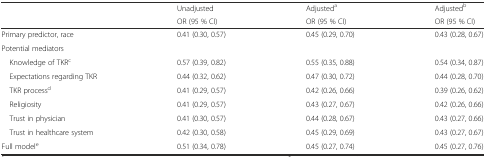
<table><thead><tr><td rowspan="2"></td><td><b>Unadjusted</b></td><td><b>Adjusted<sup>a</sup></b></td><td><b>Adjusted<sup>b</sup></b></td></tr><tr><td><b>OR (95 % CI)</b></td><td><b>OR (95 % CI)</b></td><td><b>OR (95 % CI)</b></td></tr></thead><tbody><tr><td>Primary predictor, race</td><td>0.41 (0.30, 0.57)</td><td>0.45 (0.29, 0.70)</td><td>0.43 (0.28, 0.67)</td></tr><tr><td>Potential mediators</td><td></td><td></td><td></td></tr><tr><td> Knowledge of TKR<sup>c</sup></td><td>0.57 (0.39, 0.82)</td><td>0.55 (0.35, 0.88)</td><td>0.54 (0.34, 0.87)</td></tr><tr><td> Expectations regarding TKR</td><td>0.44 (0.32, 0.62)</td><td>0.47 (0.30, 0.72)</td><td>0.44 (0.28, 0.70)</td></tr><tr><td> TKR process<sup>d</sup></td><td>0.41 (0.29, 0.57)</td><td>0.42 (0.26, 0.66)</td><td>0.39 (0.26, 0.62)</td></tr><tr><td> Religiosity</td><td>0.41 (0.29, 0.57)</td><td>0.43 (0.27, 0.67)</td><td>0.42 (0.26, 0.66)</td></tr><tr><td> Trust in physician</td><td>0.41 (0.30, 0.57)</td><td>0.44 (0.28, 0.67)</td><td>0.43 (0.27, 0.66)</td></tr><tr><td> Trust in healthcare system</td><td>0.42 (0.30, 0.58)</td><td>0.45 (0.29, 0.69)</td><td>0.43 (0.27, 0.67)</td></tr><tr><td>Full model<sup>e</sup></td><td>0.51 (0.34, 0.78)</td><td>0.45 (0.27, 0.74)</td><td>0.45 (0.27, 0.76)</td></tr></tbody></table>